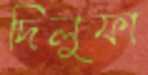
দিলুফা